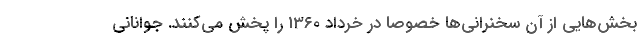
بخش‌هایی از آن سخنرانی‌ها خصوصا در خرداد 1360 را پخش می‌کنند. جوانانی